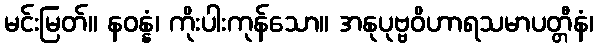
မင်းမြတ်။ နဝန္နံ၊ ကိုးပါးကုန်သော။ အနုပုဗ္ဗဝိဟာရသမာပတ္တီနံ၊